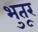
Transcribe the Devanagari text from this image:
भुतूर